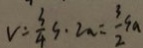
v = \frac { 3 } { 4 } s \cdot 2 a = \frac { 3 } { 2 } s a